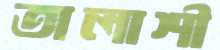
তালাশী